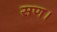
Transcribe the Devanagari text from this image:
सण।